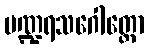
ပဏ္ဍရသဂေါတ္တော